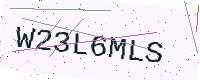
Text: W23L6MLS